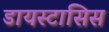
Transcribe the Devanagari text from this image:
डायस्टासिस